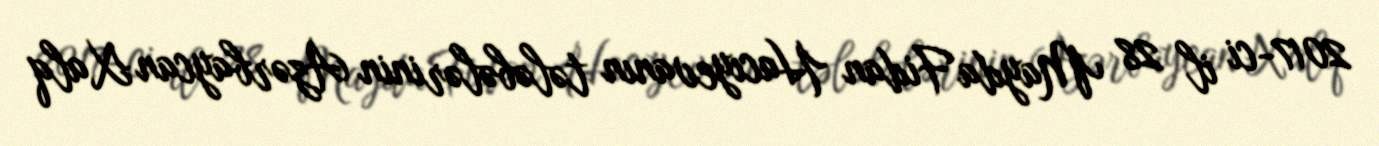
2017-ci il 28 Mayda Fidan Hacıyevanın tələbələrinin Azərbaycan Xalq